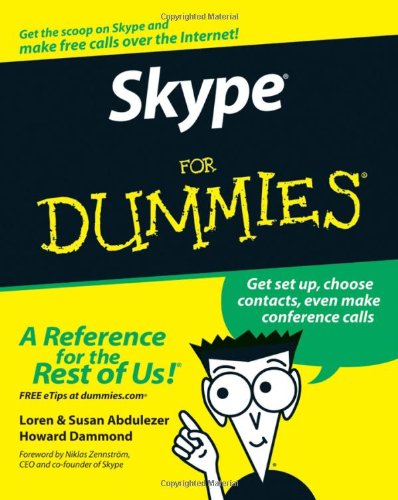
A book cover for Skype For Dummies; Loren Abdulezer; Computers & Technology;